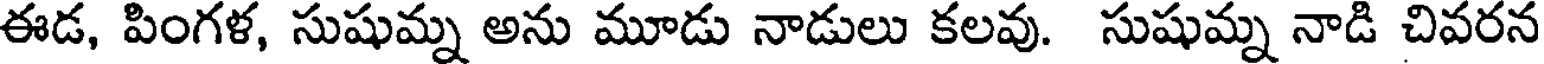
ఈడ, పింగళ, సుషుమ్న అను మూడు నాడులు కలవు. సుషుమ్న నాడి చివరన